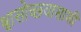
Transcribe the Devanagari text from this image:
श्वासोच्छवासाशी